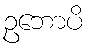
ဥဘောပိ